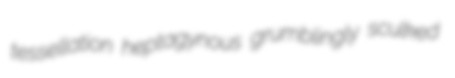
tessellation heptagynous grumblingly sculked